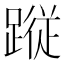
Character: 𮜀